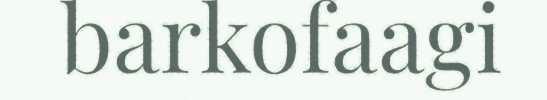
barkofaagi